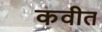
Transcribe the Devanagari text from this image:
कवीत